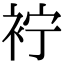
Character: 䘢